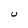
Character: U